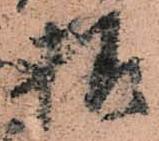
様